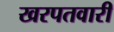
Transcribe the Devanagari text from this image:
खरपतवारी